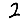
Digit: 2